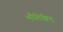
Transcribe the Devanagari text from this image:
भौतिक्विद